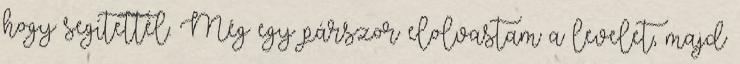
hogy segítettél. Még egy párszor elolvastam a levelet, majd